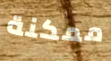
ممكنة